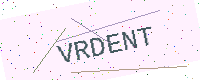
Text: VRDENT